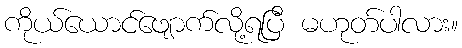
ကိုယ်ယောင်ဖျောက်လို့ရပြီ မဟုတ်ပါလား။